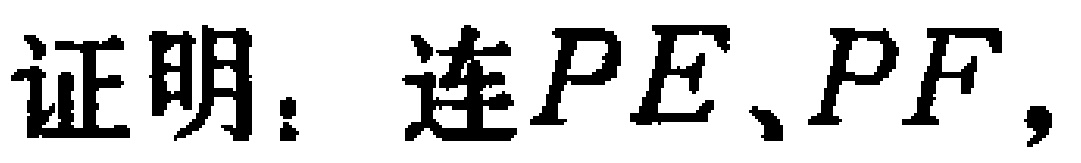
证明：连$PE$、$PF$，